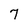
Character: 7